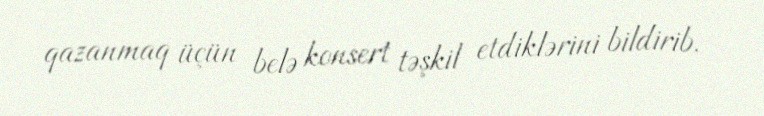
qazanmaq üçün belə konsert təşkil etdiklərini bildirib.